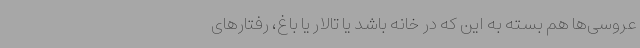
عروسی‌ها هم بسته به این که در خانه باشد یا تالار یا باغ، رفتارهای